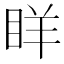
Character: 眻